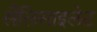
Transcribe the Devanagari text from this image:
सैलिसाइलेट